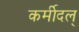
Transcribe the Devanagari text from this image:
कर्मीदल्